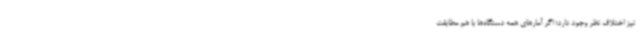
نیز اختلاف نظر وجود دارد؛ اگر آمارهای همه دستگاه‌ها با هم مطابقت